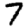
Digit: 7